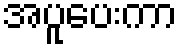
အပူပေးကာ